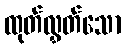
ထုတ်လွှတ်သော